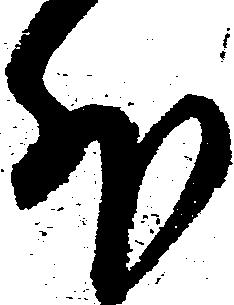
外